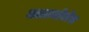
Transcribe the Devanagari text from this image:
माटामोरोस